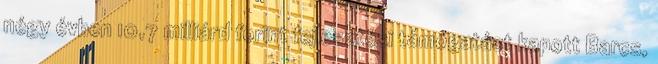
négy évben 10,7 milliárd forint fejlesztési támogatást kapott Barcs,